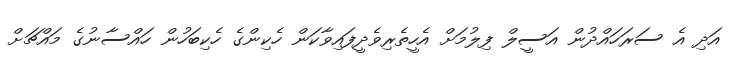
އަދި އެ ސަރަހައްދުން އަސީލް ފިލުމަށް އެހީތެރިވެދީފައިވާކަން ހެކިންގެ ހެކިބަހުން ހައްސާނުގެ މައްޗަށް